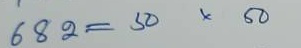
682 = 50 x 50